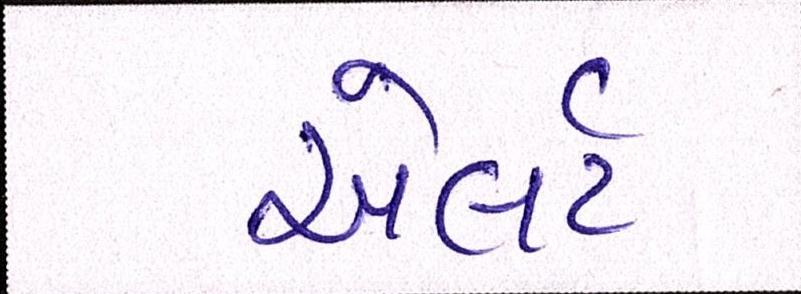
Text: એલર્ટ